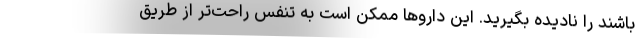
باشند را نادیده بگیرید. این داروها ممکن است به تنفس راحت‌تر از طریق